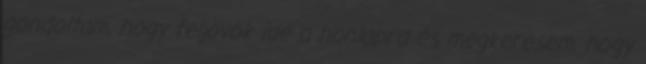
gondoltam, hogy feljövök ide a honlapra és megkeresem, hogy